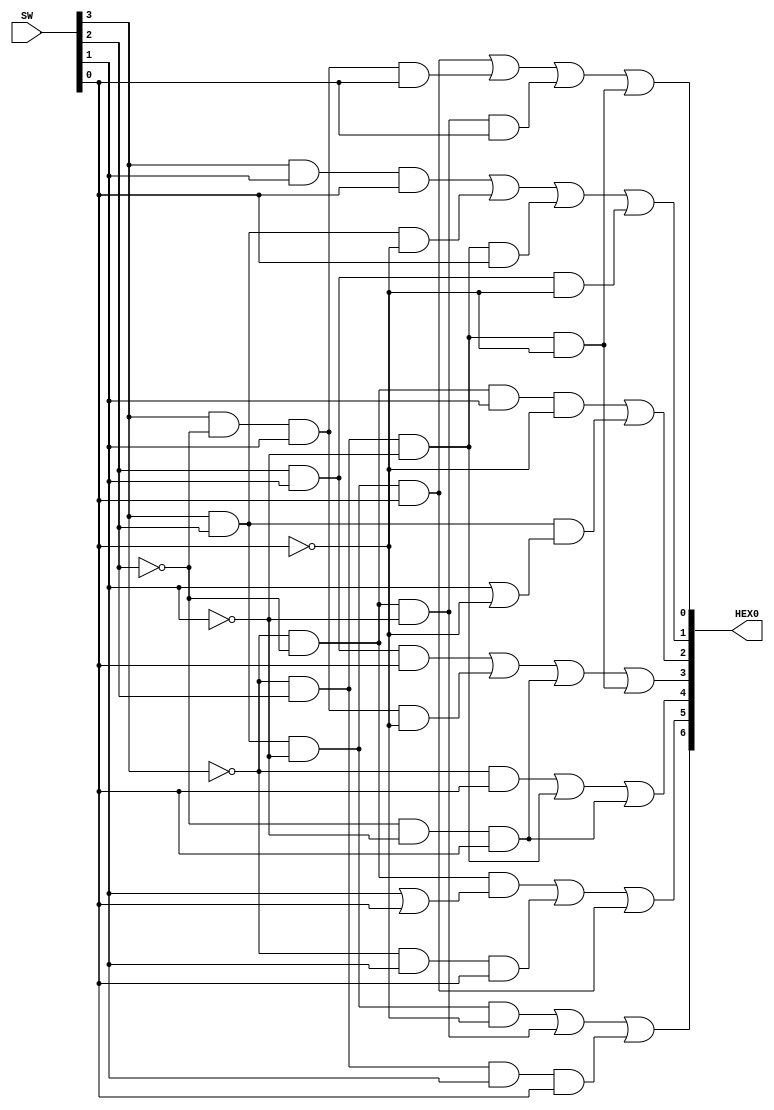
//Outputs binary inputs on a hex display using karnaugh maps

//input
//SW[3:0]:		input binary number

//output
//HEX[6:0]:		hex display

module hex_display(SW, HEX0);
     input [3:0] SW;
     output [6:0] HEX0;
	 

     assign HEX0[0] = (SW[3] & SW[2] & ~SW[1] & SW[0]) | (SW[3] & ~SW[2] & SW[1] & SW[0]) |
							(~SW[3] & ~SW[2] & ~SW[1] & SW[0]) | (~SW[3] & SW[2] & ~SW[1] & ~SW[0]);
							
	  assign HEX0[1] = (SW[3] & SW[1] & SW[0]) | (SW[3] & SW[2] & ~SW[0]) | 
							(~SW[3] & SW[2] & ~SW[1] & SW[0]) | (SW[2] & SW[1] & ~SW[0]);
							
	  assign HEX0[2] = (~SW[3] & ~SW[2] & SW[1] & ~SW[0]) | (SW[3] & SW[2] & (SW[1] | ~SW[0]));
	  
	  assign HEX0[3] = (SW[2] & SW[1] & SW[0]) | (SW[3] & ~SW[2] & SW[1] & ~SW[0]) |
							(~SW[2] & ~SW[1] & SW[0]) | (~SW[3] & SW[2] & ~SW[1] & ~SW[0]);
	  
	  assign HEX0[4] = (~SW[3] & SW[0]) | (~SW[3] & SW[2] & ~SW[1]) | (~SW[2] & ~SW[1] & SW[0]);
	  
	  assign HEX0[5] = (~SW[3] & ~SW[2] & (SW[1] | SW[0])) | (~SW[3] & SW[1] & SW[0]) | 
							(SW[3] & SW[2] & ~SW[1] & SW[0]);
							
	  assign HEX0[6] = SW[3] & SW[2] & ~SW[1] & ~SW[0] |
							~SW[3] & ~SW[2] & ~SW[1] |
							~SW[3] & SW[2] & SW[1] & SW[0];
endmodule